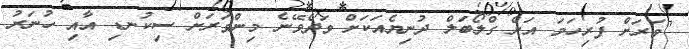
"ވަރަށް ފުރިހަމަ އަށް ގްލޯބަލް ދުނިޔެއަކަށް ވަދެވޭނެ މިންވަރަށް ސިކުނޑި އާއި ހުނަރު